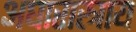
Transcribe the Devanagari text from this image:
अघारास्त्राय